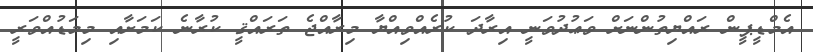
އެމްޑީޕީން ރައްޔިތުންނަށް ވަޢުދުވަނީ އިރާދަ ކުރެއްވިއްޔާ މިރާއްޖެ ތަރައްޤީ ކުރާނެ ކަމަށާއި މިމަޑުއްވަރީ